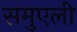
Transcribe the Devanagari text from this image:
समुएली